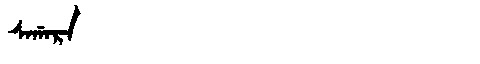
Manchu: ᠰᠠᡤᠠᡵᠠ
Romanization: SAGARA